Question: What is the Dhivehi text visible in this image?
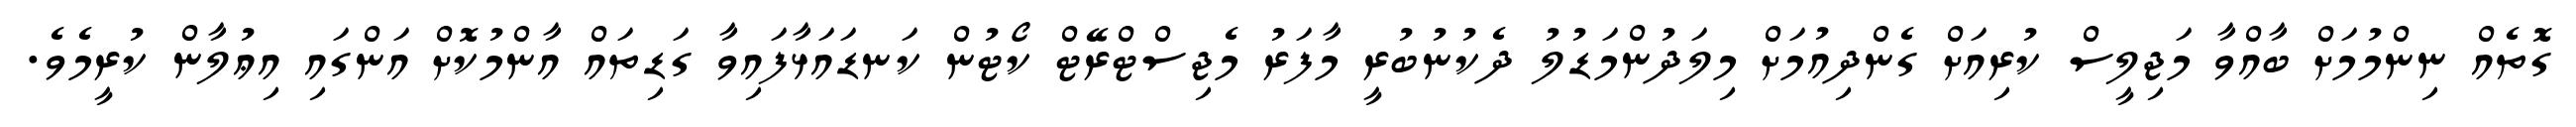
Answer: ގޮތެއް ނިންމުމަށް ބާއްވާ މަޖިލީސް ކުރިއަށް ގެންދިއުމަށް މިލަދުންމަޑުލު ދެކުނުބުރީ މާފަރު މެޖިސްޓްރޭޓް ކޯޓުން ކަނޑައަޅާފައިވާ ގަޑިތައް އާންމުކޮށް އަންގައި އިޢުލާން ކުރީމެވެ.